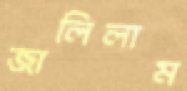
জালিলাম